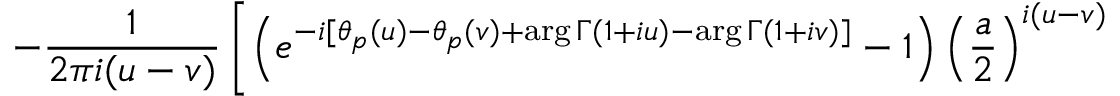
- \frac { 1 } { 2 \pi i ( u - v ) } \left[ \left( e ^ { - i [ \theta _ { p } ( u ) - \theta _ { p } ( v ) + \mathrm { a r g } \, \Gamma ( 1 + i u ) - \mathrm { a r g } \, \Gamma ( 1 + i v ) ] } - 1 \right) { \left( \frac { a } { 2 } \right) } ^ { i ( u - v ) } \right.